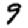
Digit: 9